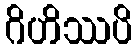
ဂိဟိဿပိ